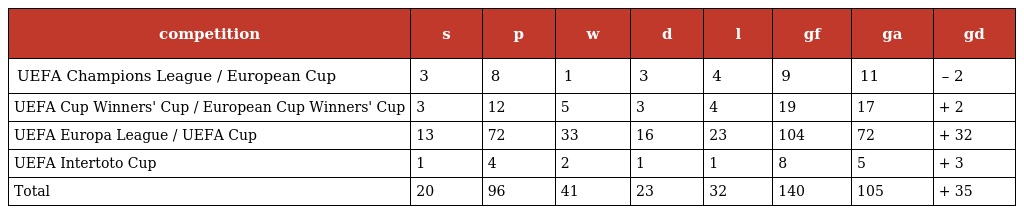
| competition | s | p | w | d | l | gf | ga | gd |
 | --- | --- | --- | --- | --- | --- | --- | --- | --- |
 | UEFA Champions League / European Cup | 3 | 8 | 1 | 3 | 4 | 9 | 11 | – 2 |
 | UEFA Cup Winners' Cup / European Cup Winners' Cup | 3 | 12 | 5 | 3 | 4 | 19 | 17 | + 2 |
 | UEFA Europa League / UEFA Cup | 13 | 72 | 33 | 16 | 23 | 104 | 72 | + 32 |
 | UEFA Intertoto Cup | 1 | 4 | 2 | 1 | 1 | 8 | 5 | + 3 |
 | Total | 20 | 96 | 41 | 23 | 32 | 140 | 105 | + 35 |